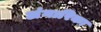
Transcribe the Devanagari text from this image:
अंगारिका